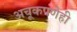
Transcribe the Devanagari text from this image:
अचूकपणेही